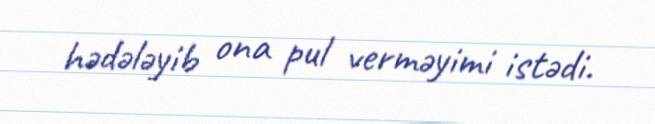
hədələyib ona pul verməyimi istədi.